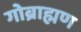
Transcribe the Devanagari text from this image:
गोब्राह्मण